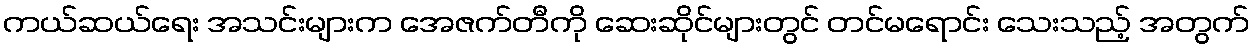
ကယ်ဆယ်ရေး အသင်းများက အေဇက်တီကို ဆေးဆိုင်များတွင် တင်မရောင်း သေးသည့် အတွက်